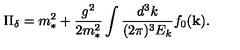
\Pi _ { \delta } = m _ { * } ^ { 2 } + { \frac { g ^ { 2 } } { 2 m _ { * } ^ { 2 } } } \int { \frac { d ^ { 3 } k } { ( 2 \pi ) ^ { 3 } E _ { k } } } f _ { 0 } ( { \bf k } ) .